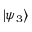
\left| \psi _ { 3 } \right\rangle